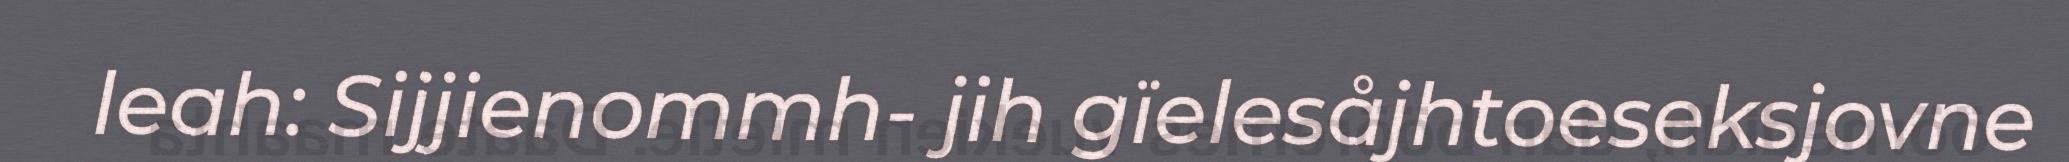
leah: Sijjienommh- jih gïelesåjhtoeseksjovne